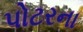
પોટરના